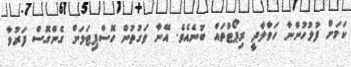
ކަމަށް ފުލުހުންނާ ހަވާލާދީ ރިޕޯޓުތައް ބުނެއެވެ. އޭނާ ވަގުތުން ހޮސްޕިޓަލަށް ގެންގޮސް ފަރުވާ